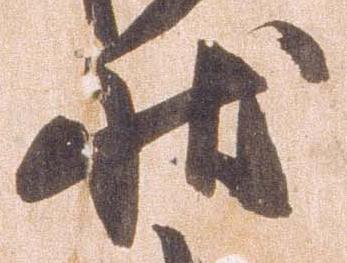
状